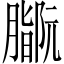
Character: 𫆻